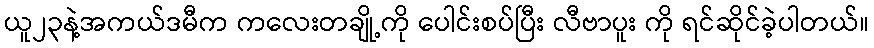
ယူ၂၃နဲ့အကယ်ဒမီက ကလေးတချို့ကို ပေါင်းစပ်ပြီး လီဗာပူး ကို ရင်ဆိုင်ခဲ့ပါတယ်။